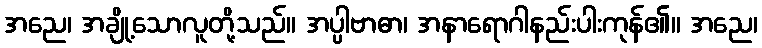
အညေ၊ အချို့သောလူတို့သည်။ အပ္ပါဗာဓာ၊ အနာရောဂါနည်းပါးကုန်၏။ အညေ၊